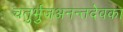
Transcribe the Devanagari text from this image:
चतुर्भुजअनन्तदेवका